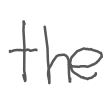
Text: the
Cross-out: clean
Writing tool: digital_gray